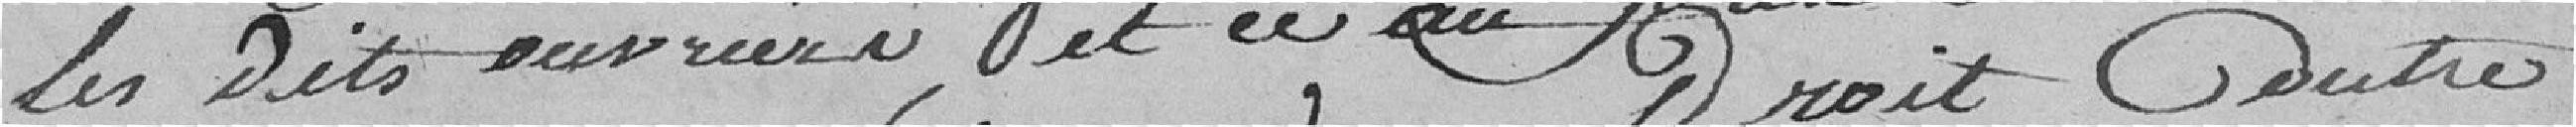
les dits ouvriers et ce au